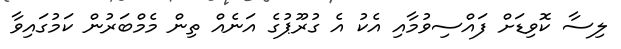
ލިސާ ކޮވިޑަށް ފައްސިވުމާއި އެކު އެ ގުރޫޕުގެ އަނެއް ތިން މެމްބަރުން ކަމުގައިވާ